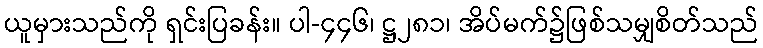
ယူမှားသည်ကို ရှင်းပြခန်း။ ပါ-၄၄၆၊ ဋ္ဌ၂၈၁၊ အိပ်မက်၌ဖြစ်သမျှစိတ်သည်